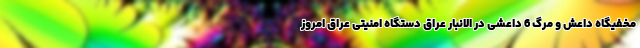
مخفیگاه داعش و مرگ 6 داعشی در الانبار عراق دستگاه امنیتی عراق امروز